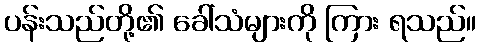
ပန်းသည်တို့၏ ခေါ်သံများကို ကြား ရသည်။